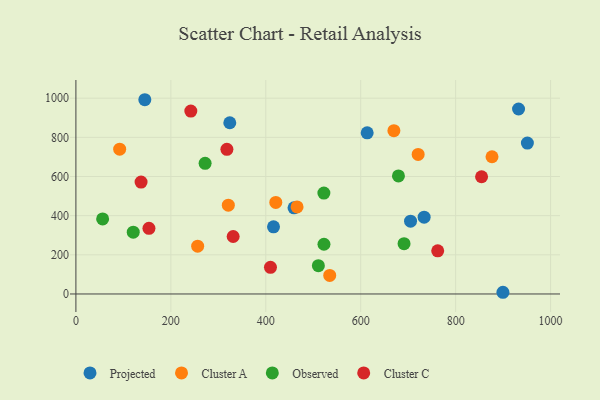
{"axis": {"x": "Investment", "y": "Sales"}, "legend": ["Cluster A", "Cluster C", "Observed", "Projected"], "data": [{"x": "324.2", "y": 874.5, "type": "Projected"}, {"x": "932.5", "y": 944.9, "type": "Projected"}, {"x": "899.6", "y": 8.7, "type": "Projected"}, {"x": "951.1", "y": 770.6, "type": "Projected"}, {"x": "145.2", "y": 992.2, "type": "Projected"}, {"x": "613.6", "y": 823.3, "type": "Projected"}, {"x": "733.6", "y": 392.2, "type": "Projected"}, {"x": "416.3", "y": 342.8, "type": "Projected"}, {"x": "705.0", "y": 372.0, "type": "Projected"}, {"x": "459.5", "y": 440.0, "type": "Projected"}, {"x": "669.9", "y": 834.3, "type": "Cluster A"}, {"x": "876.6", "y": 700.9, "type": "Cluster A"}, {"x": "92.2", "y": 739.6, "type": "Cluster A"}, {"x": "321.1", "y": 453.8, "type": "Cluster A"}, {"x": "534.7", "y": 94.6, "type": "Cluster A"}, {"x": "721.0", "y": 713.0, "type": "Cluster A"}, {"x": "465.9", "y": 444.6, "type": "Cluster A"}, {"x": "256.5", "y": 244.3, "type": "Cluster A"}, {"x": "421.1", "y": 467.4, "type": "Cluster A"}, {"x": "56.3", "y": 383.2, "type": "Observed"}, {"x": "679.5", "y": 603.1, "type": "Observed"}, {"x": "510.8", "y": 144.4, "type": "Observed"}, {"x": "522.6", "y": 253.9, "type": "Observed"}, {"x": "522.4", "y": 515.4, "type": "Observed"}, {"x": "691.3", "y": 256.9, "type": "Observed"}, {"x": "120.8", "y": 315.7, "type": "Observed"}, {"x": "272.2", "y": 667.5, "type": "Observed"}, {"x": "137.3", "y": 571.8, "type": "Cluster C"}, {"x": "242.1", "y": 934.4, "type": "Cluster C"}, {"x": "153.9", "y": 335.4, "type": "Cluster C"}, {"x": "762.2", "y": 220.3, "type": "Cluster C"}, {"x": "331.3", "y": 293.5, "type": "Cluster C"}, {"x": "409.9", "y": 136.1, "type": "Cluster C"}, {"x": "854.6", "y": 598.8, "type": "Cluster C"}, {"x": "318.1", "y": 739.0, "type": "Cluster C"}]}